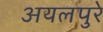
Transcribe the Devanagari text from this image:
अयलपुरे